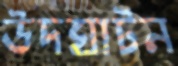
উদঘাটন